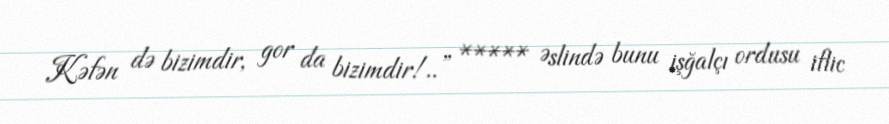
Kəfən də bizimdir, gor da bizimdir!..” ***** Əslində bunu işğalçı ordusu iflic